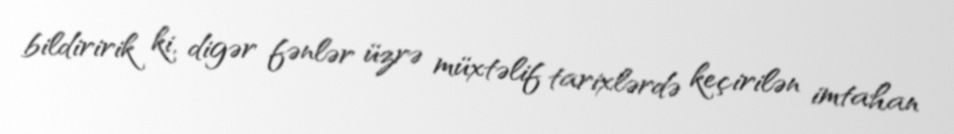
bildiririk ki, digər fənlər üzrə müxtəlif tarixlərdə keçirilən imtahan